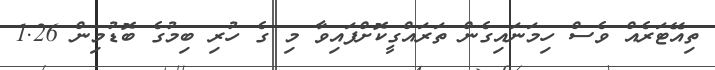
ތިއޭޓަރެއް ވެސް ހިމަނައިގެން ތަރައްގީކޮށްފައިވާ މި ގެ ހުރި ބިމުގެ ބޮޑުމިން 1.26